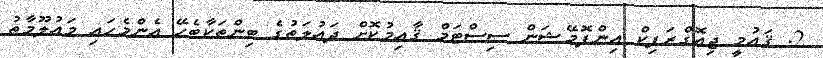
2. ޤައުމީ ޖިއޮގްރަފިކް އިންފޮމޭޝަން ސިސްޓަމް ޤާއިމުކޮށް ދައުލަތުގެ ބިންތަކާބެހޭ އެންމެހައި މަޢުލޫމާތު